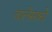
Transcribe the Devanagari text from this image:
वालेसको